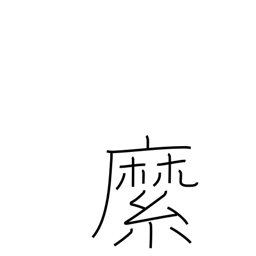
Meaning: rope